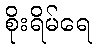
စိုးရိမ်ရေ